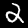
Digit: 2